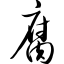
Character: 腐